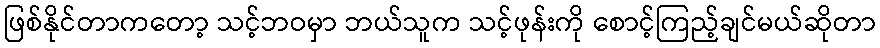
ဖြစ်နိုင်တာကတော့ သင့်ဘဝမှာ ဘယ်သူက သင့်ဖုန်းကို စောင့်ကြည့်ချင်မယ်ဆိုတာ